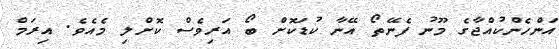
އަންހެންކުއްޖާގެ މޫނު ފެނޭތޯ އޭނާ ކުޑަކޮށް ބޯ އަރިވެސް ކޮށްލި މެއެވެ. އިރަމް